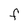
Character: F